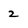
Character: 2